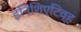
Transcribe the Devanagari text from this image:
इनिशिएटिव्ह